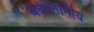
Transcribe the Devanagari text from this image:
बेबीलोनीय